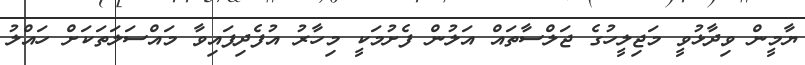
ޔާމީން ވިދާޅުވީ މަޖިލީހުގެ ޖަލްސާތައް އަލުން ފެށުމަކީ މިހާރު އުފެދިފައިވާ މައްސަލަތަކަށް ހައްލު